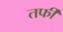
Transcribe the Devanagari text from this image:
तर्फी